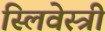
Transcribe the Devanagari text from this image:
स्लिवेस्त्री